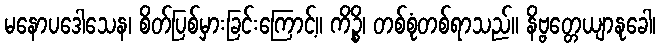
မနောပဒေါသေန၊ စိတ်ပြစ်မှားခြင်းကြောင့်။ ကိဉ္စိ၊ တစ်စုံတစ်ရာသည်။ နိဗ္ဗတ္တေယျာနုခေါ၊